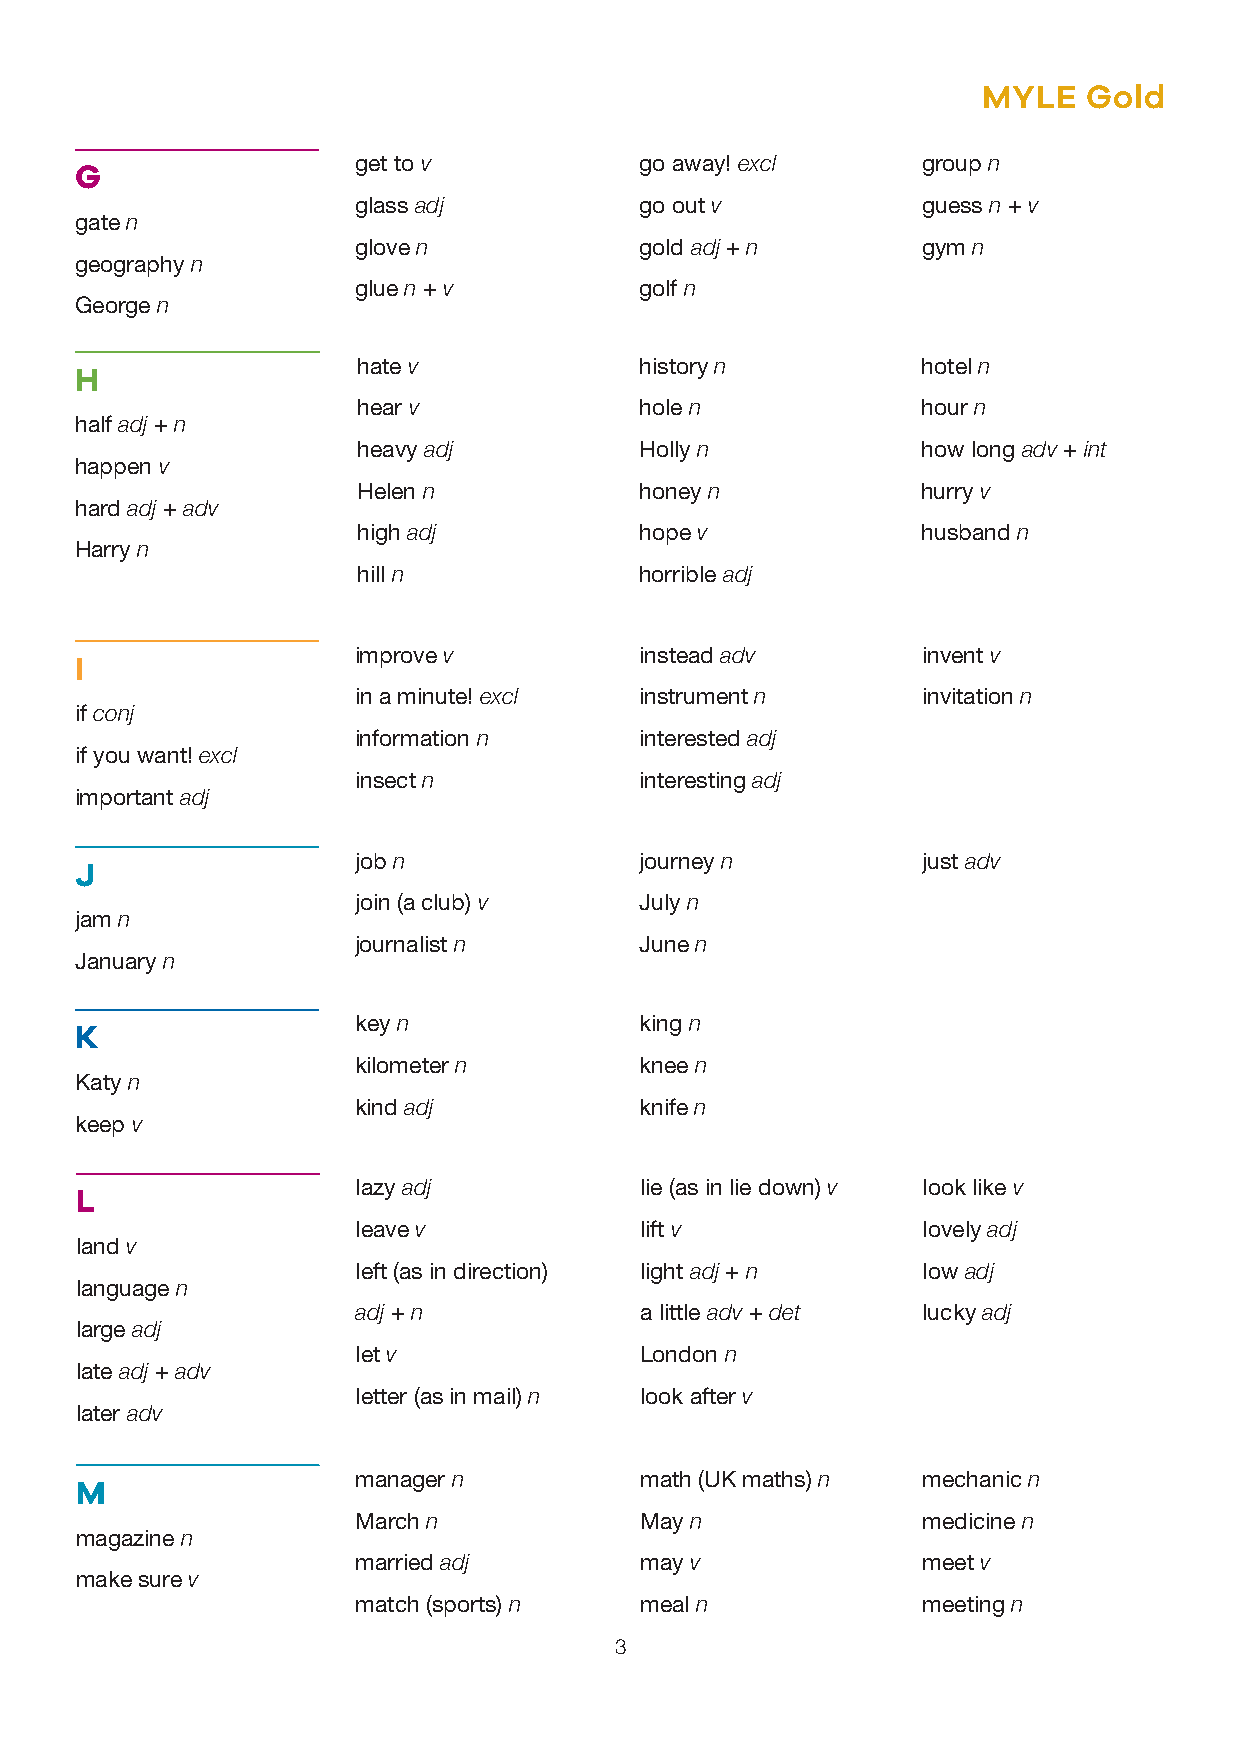
MYLE   Gold
 get to v           go away! excl      group n
 G
 glass adj          go out v           guess n + v
 gate n
 glove n            gold adj + n       gym n
 geography n
 glue n + v         golf n
 George n
 hate v            history n          hotel n
 H
 hear v            hole n             hour n
 half adj + n
 heavy adj         Holly n            how long adv + int
 happen v
 Helen n           honey n            hurry v
 hard adj + adv
 high adj          hope v             husband n
 Harry n
 hill n            horrible adj
 improve v          instead adv        invent v
 I
 in a minute! excl  instrument n       invitation n
 if conj
 information n      interested adj
 if you want! excl
 insect n           interesting adj
 important adj
 job n              journey n          just adv
 J
 join (a club) v    July n
 jam n
 journalist n       June n
 January n
 key n              king n
 K
 kilometer n        knee n
 Katy n
 kind adj           knife n
 keep v
 lazy adj          lie (as in lie down) v look like v
 L
 leave v           lift v             lovely adj
 land v
 left (as in direction) light adj + n low adj
 language n
 adj + n           a little adv + det lucky adj
 large adj
 let v             London n
 late adj + adv
 letter (as in mail) n look after v
 later adv
 manager n         math (UK maths) n  mechanic n
 M
 March n           May n              medicine n
 magazine n
 married adj       may v              meet v
 make sure v
 match (sports) n  meal n             meeting n
 3